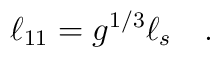
\ell_{11} = g^{1/3}\ell_s \quad .